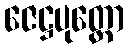
ဇေဋ္ဌပုတ္တော